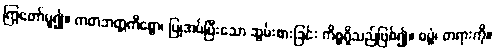
ကြွတော်မူ၍။ ကတဘတ္တကိစ္စော၊ ပြုအပ်ပြီးသော ဆွမ်းစားခြင်း ကိစ္စရှိသည်ဖြစ်၍။ ဓမ္မံ၊ တရားကို။